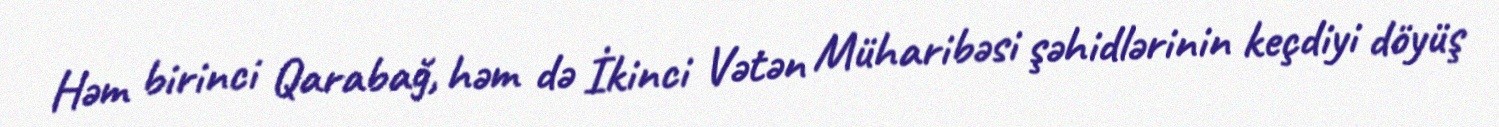
Həm birinci Qarabağ, həm də İkinci Vətən Müharibəsi şəhidlərinin keçdiyi döyüş